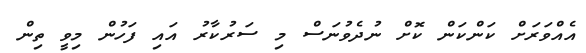
އެއްވަރަށް ކަންކަން ކޮށް ނުދެވުނަސް މި ސަރުކާރު އައި ފަހުން މިވީ ތިން